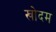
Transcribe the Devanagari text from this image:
खोदम